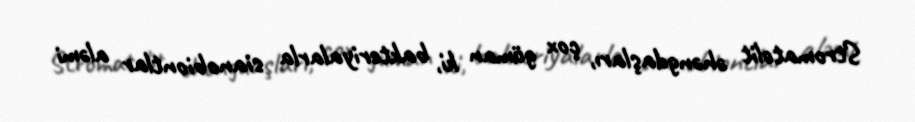
Stromatolit əhəngdaşları, çox güman ki, bakteriyalarla sianobiontlar aləmi